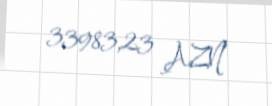
33983,23 AZN